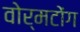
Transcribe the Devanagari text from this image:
वोर्मटोंग